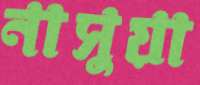
নাসুয়া